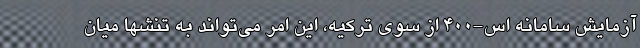
آزمایش سامانه اس-۴۰۰ از سوی ترکیه، این امر می‌تواند به تنشها میان